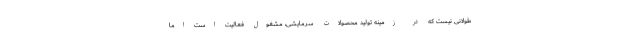
طولانی نیست که در زمینه تولید محصولات سرمایشی، مشغول فعالیت است اما